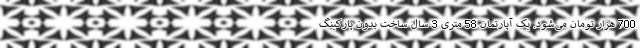
700 هزار تومان می‌شود. یک آپارتمان 58 متری 3 سال ساخت بدون پارکینگ